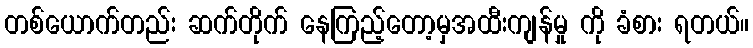
တစ်ယောက်တည်း ဆက်တိုက် နေကြည့်တော့မှအထီးကျန်မှု ကို ခံစား ရတယ်။